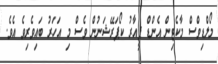
މޯލްޑިވްސް މާކެޓިން އެންޑް ޕީއާރު ކޯޕަރޭޝަނުން ވެސް މި އަހަރު ބައިވެރިވެ އެވެ.